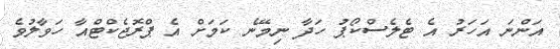
އަންނަ އަހަރު އެ ޓެލެސްކޯޕު ހަދާ ނިމޭނެ ކަމަށް އެ ޕްރޮޖެކްޓްއާ ހަވާލުވެ